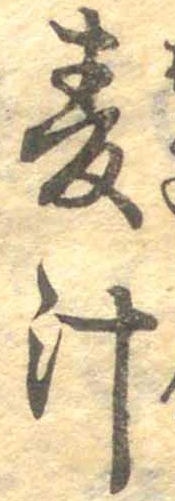
麦汁